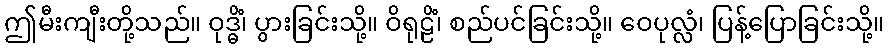
ဤမီးကျီးတို့သည်။ ဝုဒ္ဓိံ၊ ပွားခြင်းသို့။ ဝိရုဠိံ၊ စည်ပင်ခြင်းသို့။ ဝေပုလ္လံ၊ ပြန့်ပြောခြင်းသို့။